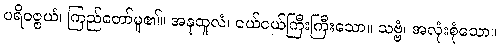
ပရိဝဇ္ဇယံ၊ ကြည်တော်မူ၏။ အနုထူလံ၊ ငယ်ငယ်ကြီးကြီးသော။ သဗ္ဗံ၊ အလုံးစုံသော။